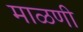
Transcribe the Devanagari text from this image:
माळणी